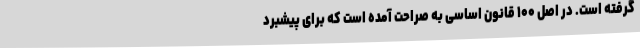
گرفته است. در اصل ۱۰۰ قانون اساسی به صراحت آمده‌ است که برای پیشبرد